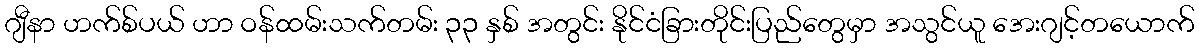
ဂျီနာ ဟက်စ်ပယ် ဟာ ဝန်ထမ်းသက်တမ်း ၃၃ နှစ် အတွင်း နိုင်ငံခြားတိုင်းပြည်တွေမှာ အသွင်ယူ အေးဂျင့်တယောက်